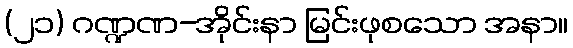
(၂၁) ဂဏ္ဍဏ-အိုင်းနာ မြင်းဖုစသော အနာ။